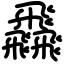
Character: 飝